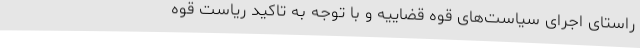
راستای اجرای سیاست‌های قوه‌ قضاییه و با توجه به تاکید ریاست قوه‌